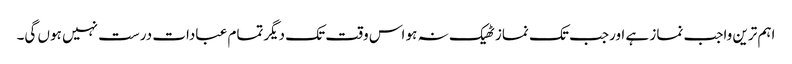
اہم ترین واجب نماز ہے اورجب تک نماز ٹھیک نہ ہو اس وقت تک دیگرتمام عبادات درست نہیں ہوں گی۔